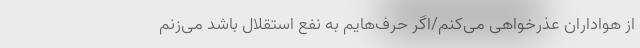
از هواداران عذرخواهی می‌کنم/اگر حرف‌هایم به نفع استقلال باشد می‌زنم